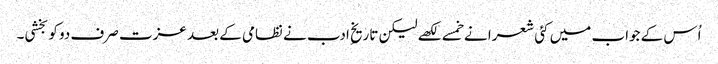
اُس کے جواب میں کئی شعرا نے خمسے لکھے لیکن تاریخِ ادب نے نظامی کے بعد عزت صرف دو کو بخشی۔